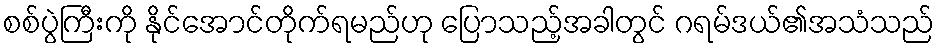
စစ်ပွဲကြီးကို နိုင်အောင်တိုက်ရမည်ဟု ပြောသည့်အခါတွင် ဂရမ်ဒယ်၏အသံသည်